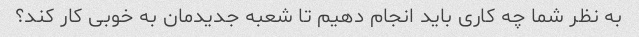
به نظر شما چه کاری باید انجام دهیم تا شعبه جدیدمان به خوبی کار کند؟